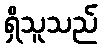
ရှိသူသည်